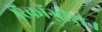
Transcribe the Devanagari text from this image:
रिकॉग्नीशन